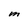
Character: M